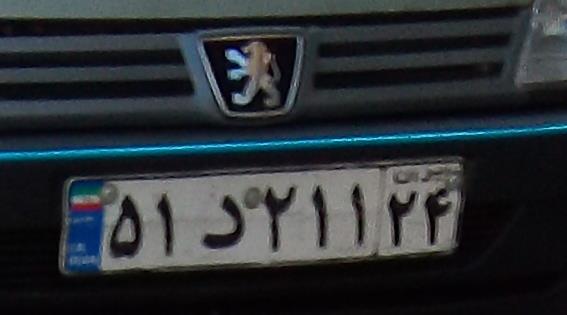
۵۱د۲۱۱۲۴